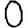
Digit: 0